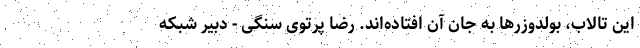
این تالاب، بولدوزرها به جان آن افتاده‌اند. رضا پرتوی سنگی - دبیر شبکه